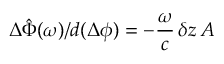
\Delta \hat { \Phi } ( \omega ) / d ( \Delta \phi ) = - \frac { \omega } { c } \, \delta z \, A